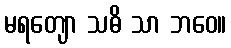
မရတျော သဓိ သာ ဘဝေ။